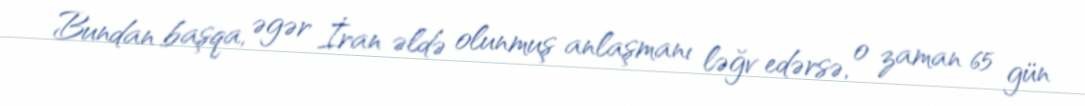
Bundan başqa, əgər İran əldə olunmuş anlaşmanı ləğv edərsə, o zaman 65 gün